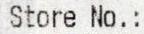
STORE NO.: